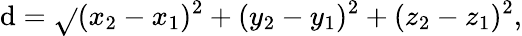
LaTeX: \mathrm{d}={\sqrt{}{{(x_{2}-x_{1})^{2}+(y_{2}-y_{1})^{2}+(z_{2}-z_{1})^{2}}}},